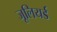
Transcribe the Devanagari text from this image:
जूलियर्ड